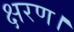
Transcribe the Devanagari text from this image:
क्षरण।